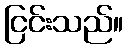
ငြင်းသည်။